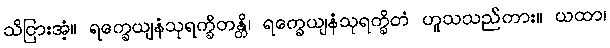
သိငြားအံ့။ ရက္ခေယျနံသုရက္ခိတန္တိ၊ ရက္ခေယျနံသုရက္ခိတံ ဟူသသည်ကား။ ယထာ၊